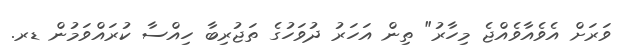
ވަރަށް އެވެއާވެއްޖެ މިހާރު" ތިން އަހަރު ދުވަހުގެ ތަޖުރިބާ ހިއްސާ ކުރައްވަމުން ޑރ.